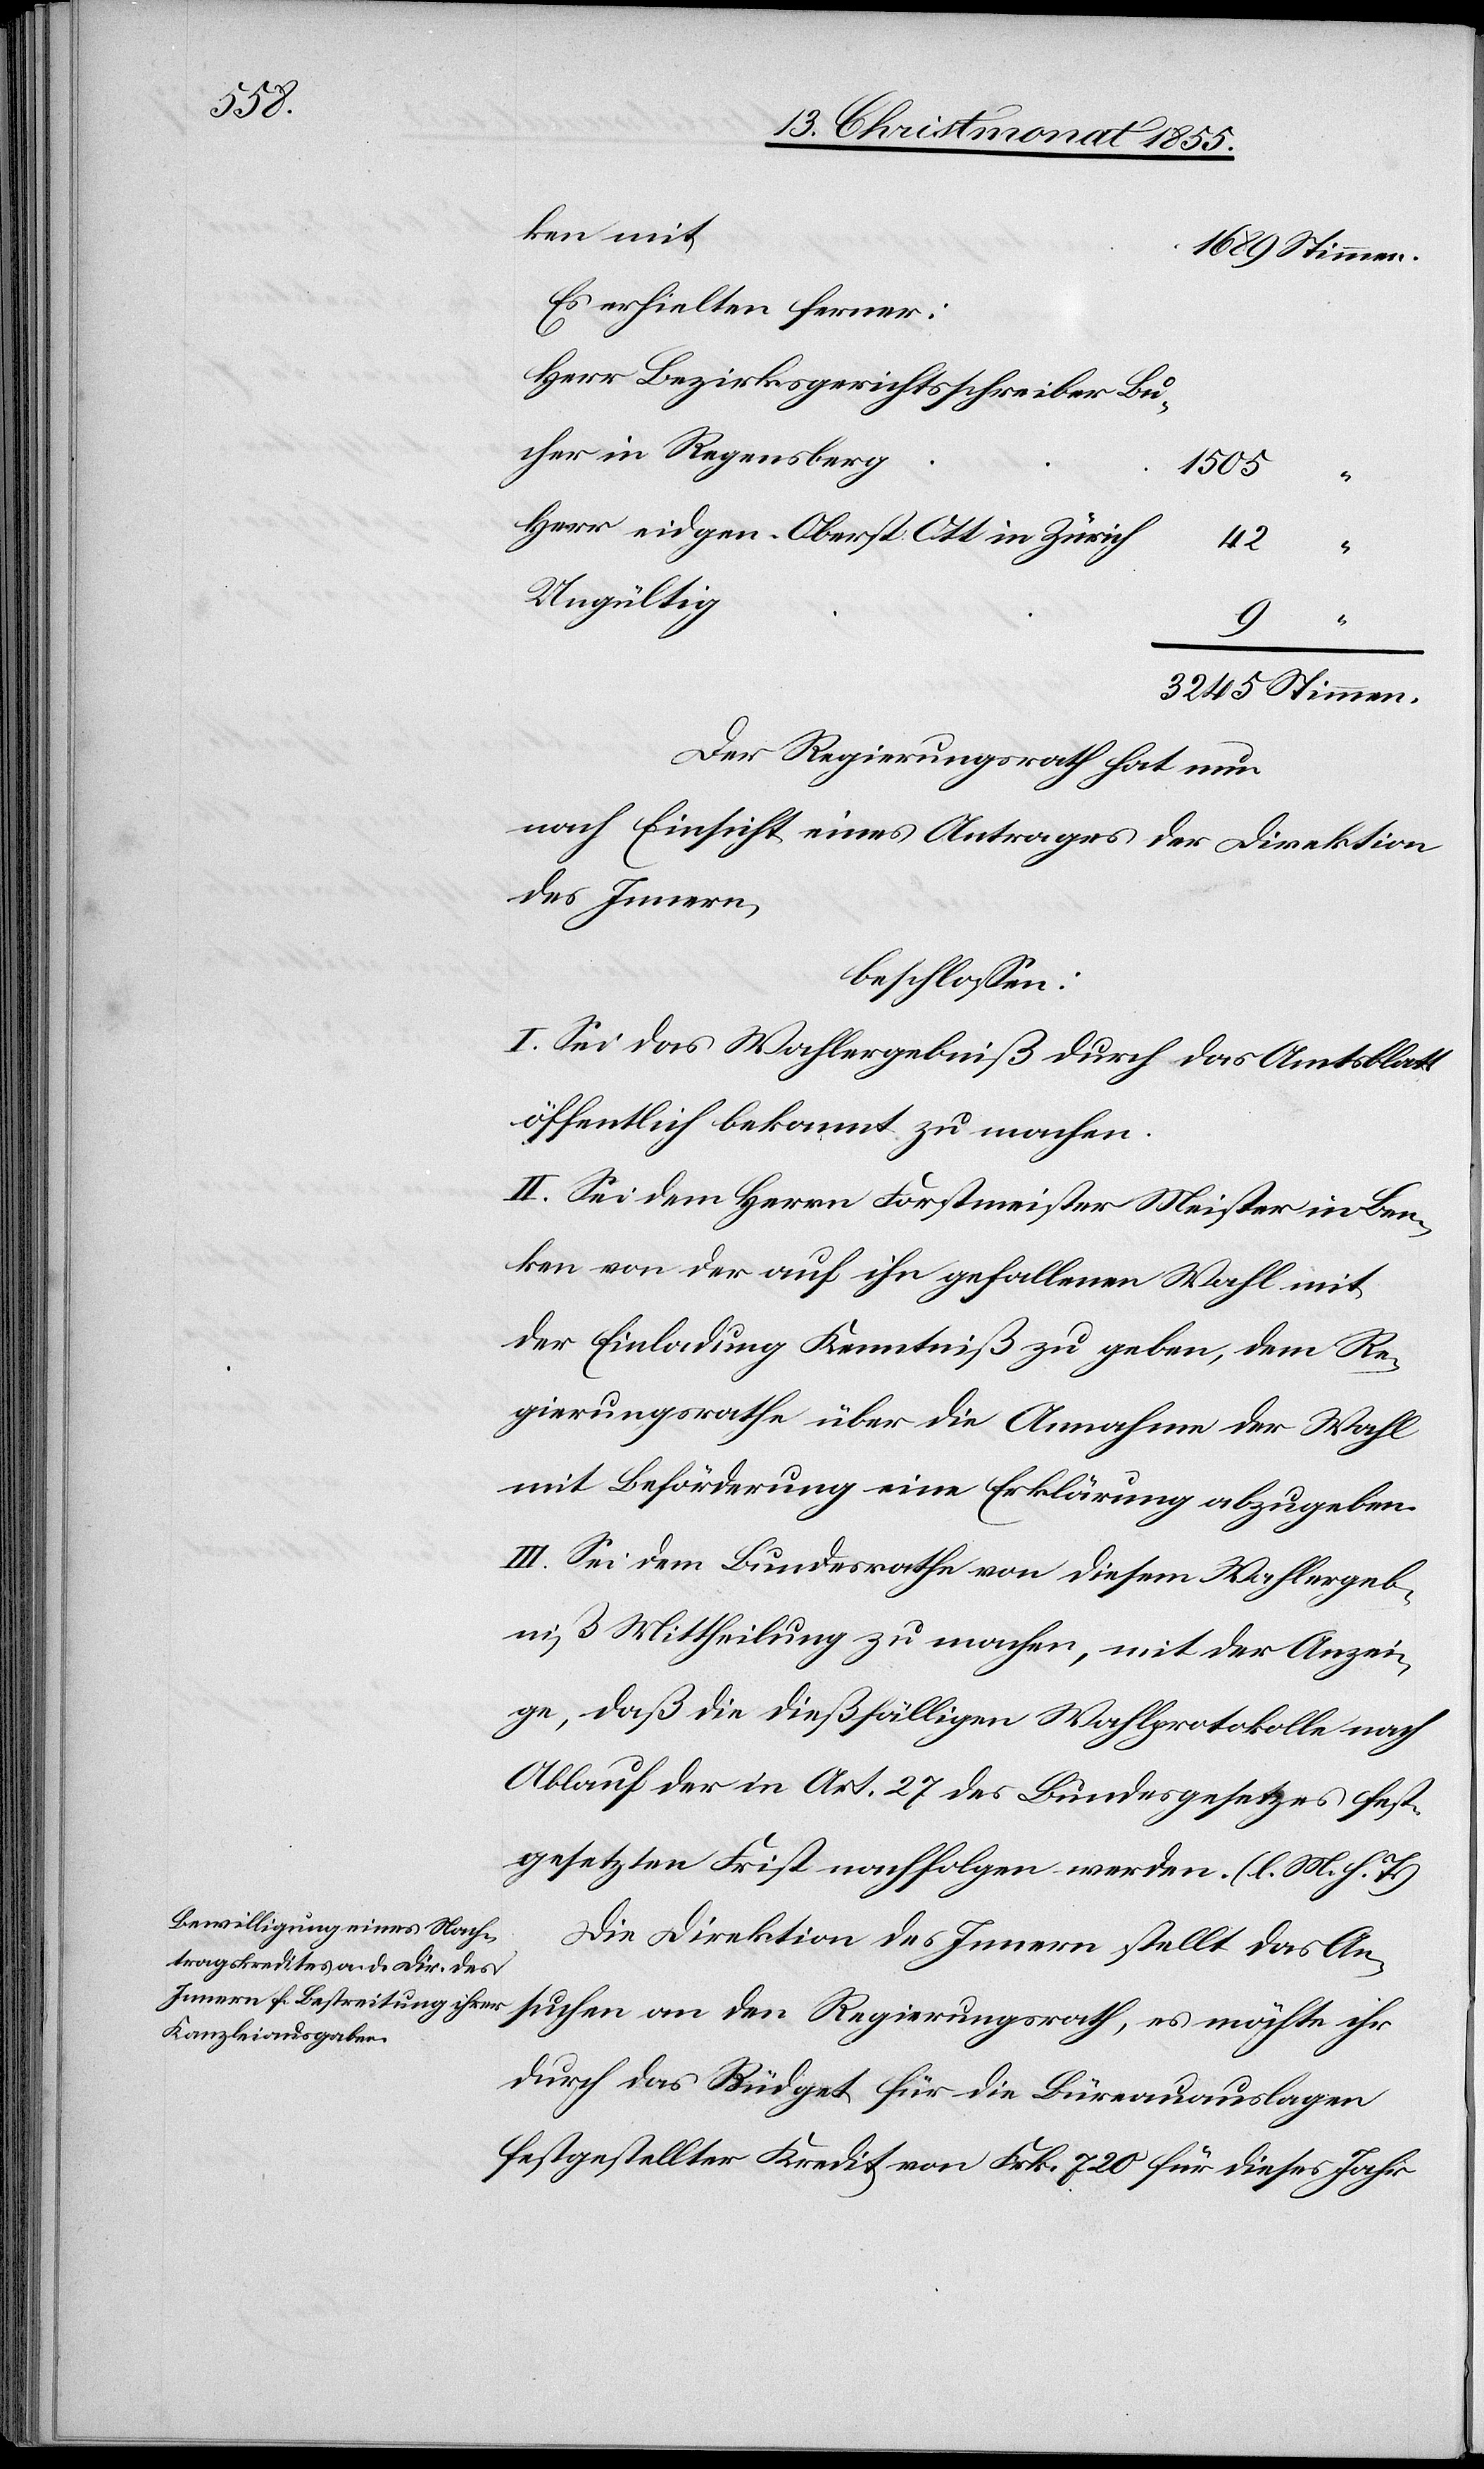
ken mit
1689 Stimmen.
Es erhielten ferner:
Herr Bezirksgerichtsschreiber Bu¬
cher in Regensberg
1505
“
Herr eidg. Oberst Ott in Zürich
42
Ungültig
9
“
3245 Stimmen.
Der Regierungsrath hat nun
nach Einsicht eines Antrages der Direktion
des Innern,
beschlossen:
I. Sei das Wahlergebniß durch das Amtsblatt
öffentlich bekannt zu machen.
II. Sei dem Herrn Forstmeister Meister in Ben¬
ken von der auf ihn gefallenen Wahl mit
der Einladung Kenntniß zu geben, dem Re¬
gierungsrathe über die Annahme der Wahl
mit Beförderung eine Erklärung abzugeben.
III. Sei dem Bundesrathe von diesem Wahlergeb¬
niß Mittheilung zu machen, mit der Anzei¬
ge, daß die dießfälligen Wahlprotokolle nach
Ablauf der in Art. 27 des Bundesgesetzes fest¬
gesetzten Frist nachfolgen werden. (l. M. h. T.)
Die Direktion des Innern stellt das An¬
suchen an den Regierungsrath, es möchte ihr
durch das Büdget für die Büreauauslagen
festgestellter Kredit von Frk. 720 für dieses Jahr